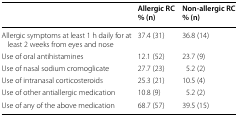
<table><thead><tr><td></td><td><b>Allergic RC % (n)</b></td><td><b>Non-allergic RC % (n)</b></td></tr></thead><tbody><tr><td>Allergic symptoms at least 1 h daily for at least 2 weeks from eyes and nose</td><td>37.4 (31)</td><td>36.8 (14)</td></tr><tr><td>Use of oral antihistamines</td><td>12.1 (52)</td><td>23.7 (9)</td></tr><tr><td>Use of nasal sodium cromoglicate</td><td>27.7 (23)</td><td>5.2 (2)</td></tr><tr><td>Use of intranasal corticosteroids</td><td>25.3 (21)</td><td>10.5 (4)</td></tr><tr><td>Use of other antiallergic medication</td><td>10.8 (9)</td><td>5.2 (2)</td></tr><tr><td>Use of any of the above medication</td><td>68.7 (57)</td><td>39.5 (15)</td></tr></tbody></table>